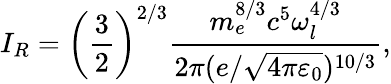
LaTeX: I_{R}=\left(\frac{3}{2}\right)^{2/3}\frac{m_{e}^{8/3}c^{5}\omega_{l}^{4/3}}{2\pi(e/\sqrt{4\pi\varepsilon_{0}})^{10/3}},